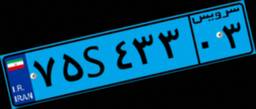
۷۵S۴۳۳۰۳